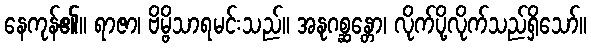
နေကုန်၏။ ရာဇာ၊ ဗိမ္ဗိသာရမင်းသည်။ အနုဂစ္ဆန္တော၊ လိုက်ပို့လိုက်သည်ရှိသော်။